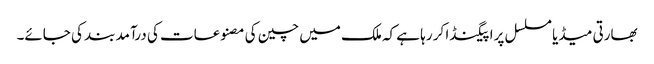
بھارتی میڈیا مسلسل پراپیگنڈا کر رہا ہے کہ ملک میں چین کی مصنوعات کی درآمد بند کی جائے۔